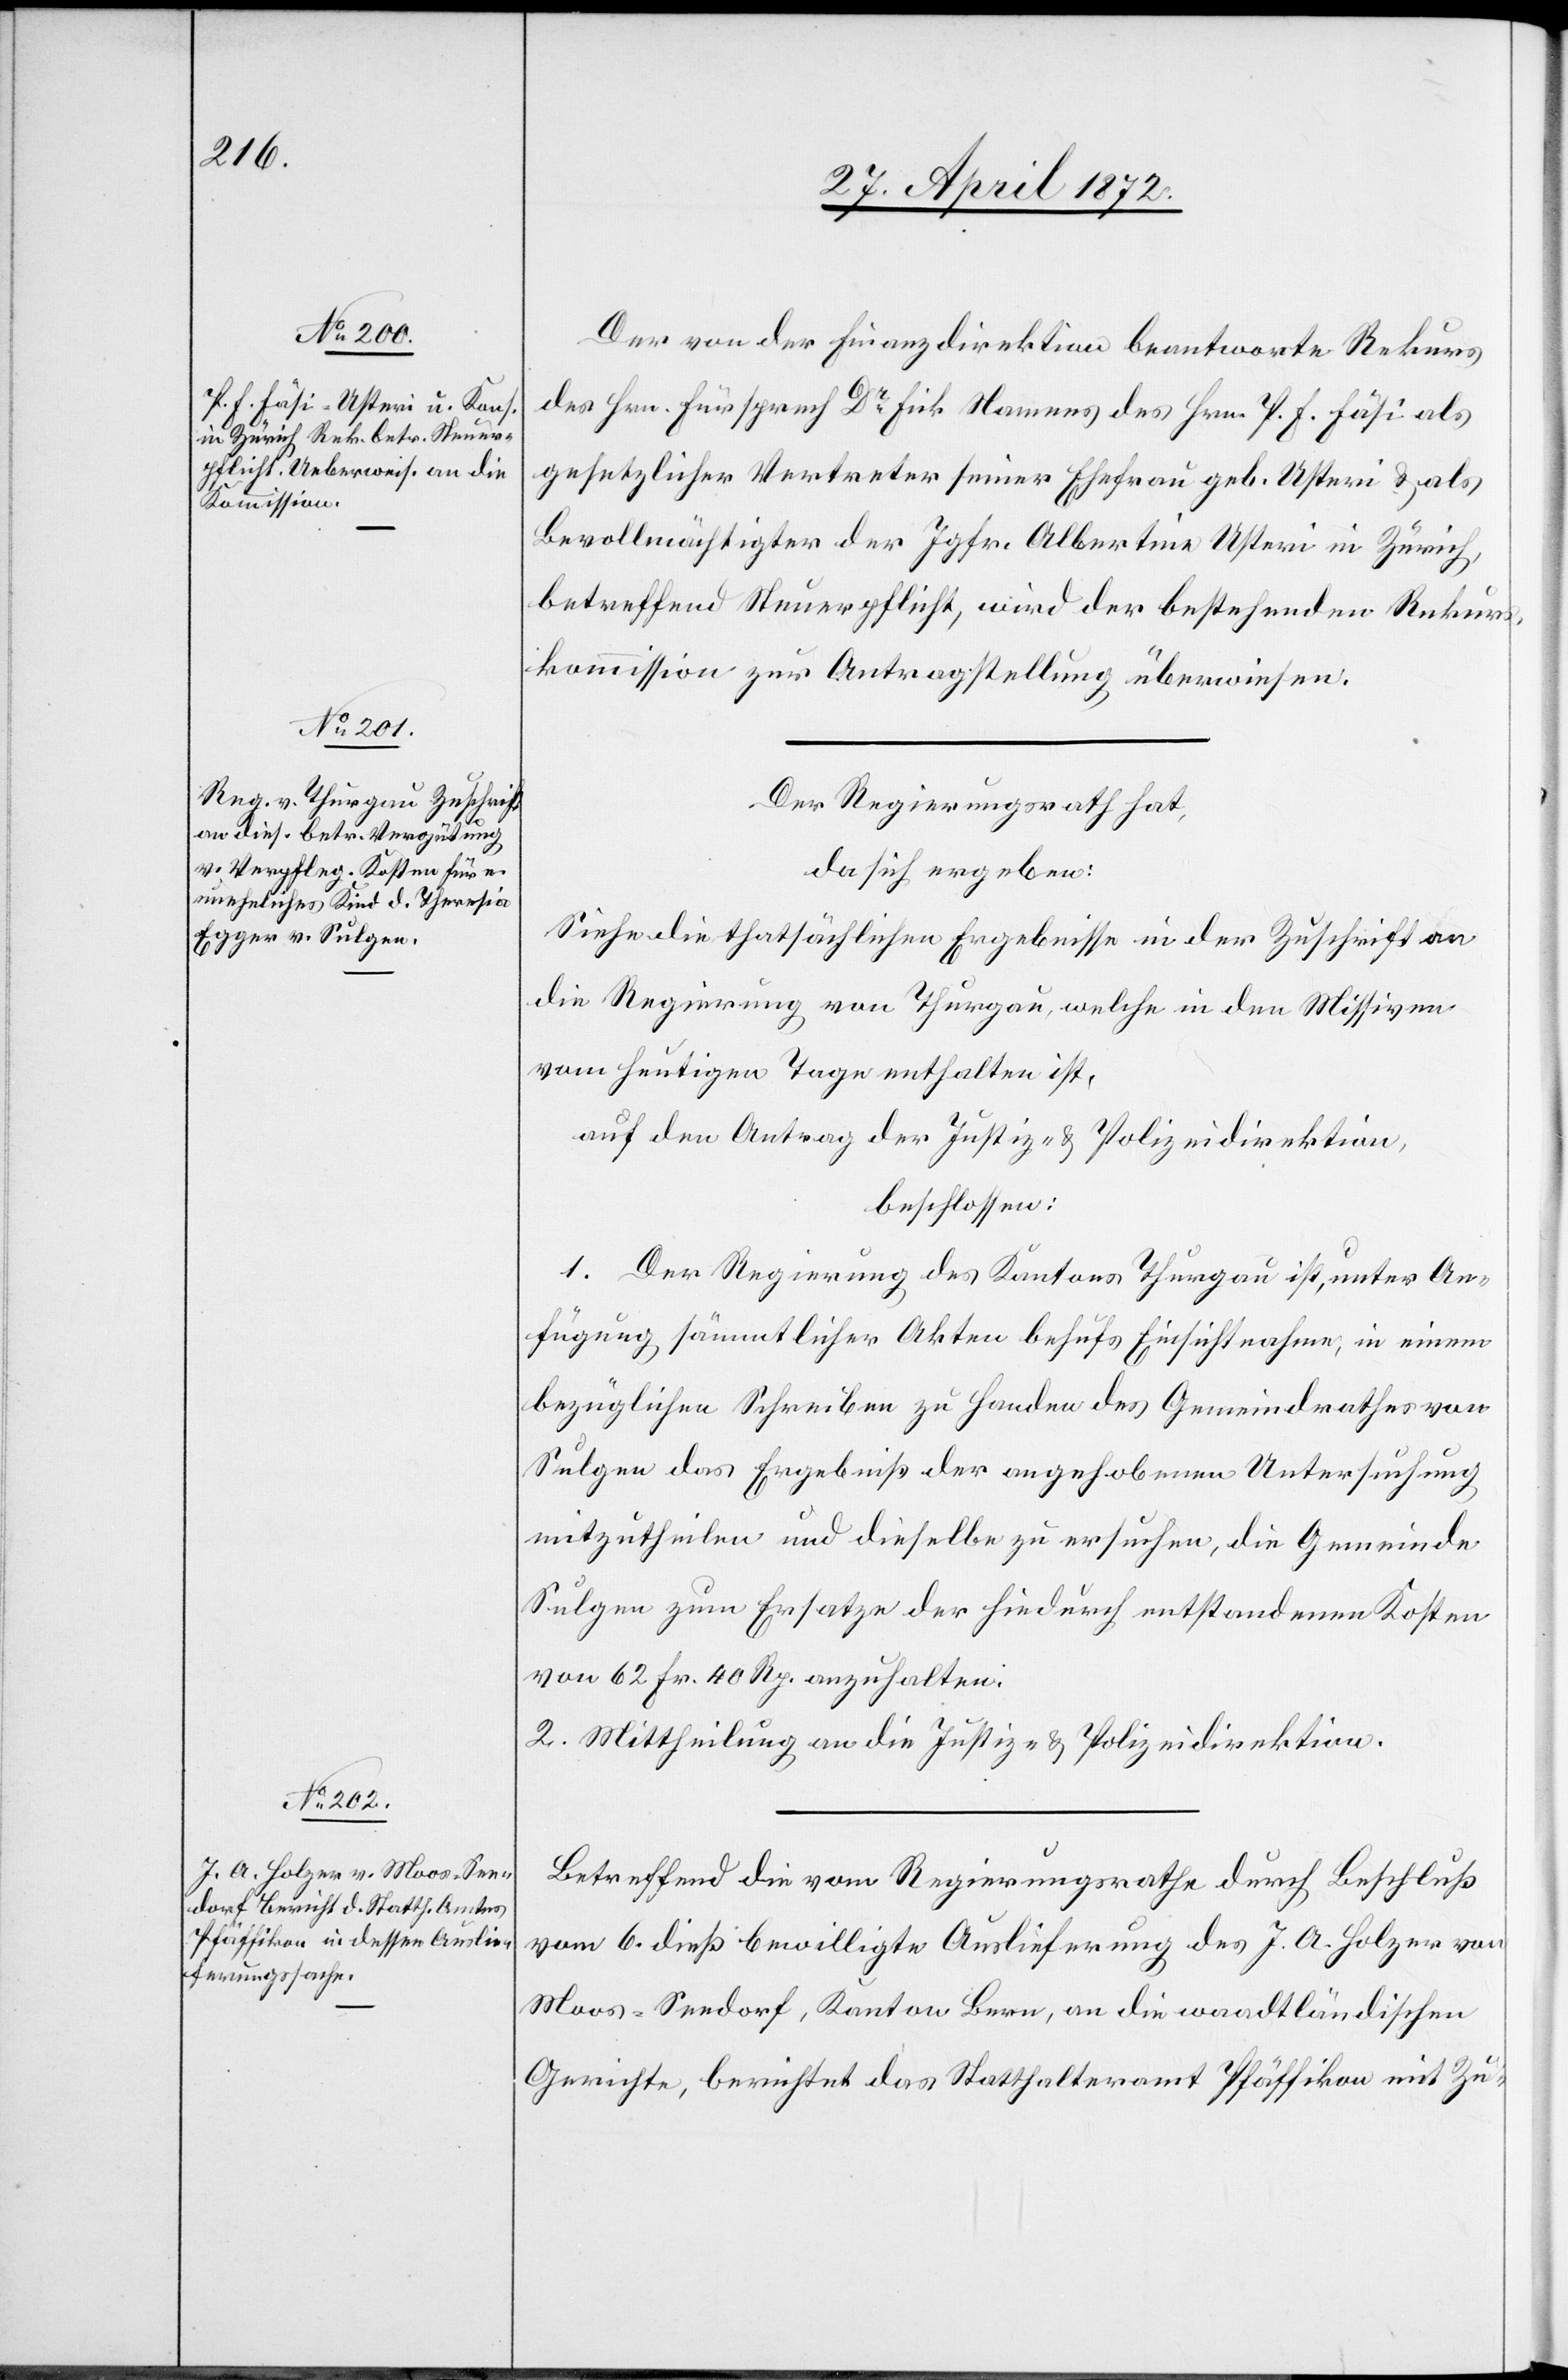
Der von der Finanzdirektion beantwortete Rekurs
des Hrn. Fürsprech Dr. Fick Namens des Hrn. P. F. Fäsi als
gesetzlicher Vertreter seiner Ehefrau geb. Usteri u. als
Bevollmächtigter der Jgfr. Albertina Usteri in Zürich,
betreffend Steuerpflicht, wird der bestehenden Rekurs¬
kommission zur Antragstellung überwiesen.
Der Regierungsrath hat,
da sich ergeben:
Siehe die thatsächlichen Ergebnisse in der Zuschrift an
die Regierung von Thurgau, welche in den Missiven
vom heutigen Tage enthalten ist,
auf den Antrag der Justiz- u. Polizeidirektion,
beschlossen:
1. Der Regierung des Kantons Thurgau ist, unter An¬
fügung sämmtlicher Akten behufs Einsichtnahme, in einem
bezüglichen Schreiben zu handen des Gemeindrathes von
Sulgen das Ergebniß der ausgehobenen Untersuchung
mitzutheilen und dieselbe zu ersuchen, die Gemeinde
Sulgen zum Ersatze der hiedurch entstandenen Kosten
von 62 Fr. 40 Rp. anzuhalten.
2. Mittheilung an die Justiz- u. Polizeidirektion.
Betreffend die vom Regierungsrathe durch Beschluß
vom 6. dieß bewilligte Auslieferung des J. A. Holzer von
Moos - Seedorf, Kanton Bern, an die waadtländischen
Gerichte, berichtet das Statthalteramt Pfäffikon mit Zu-